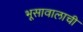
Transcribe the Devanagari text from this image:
भूसावालाची